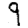
Digit: 9